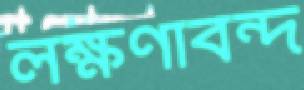
লক্ষণাবন্দ